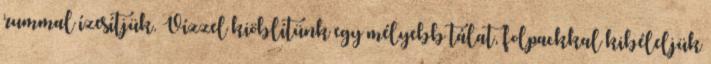
rummal ízesítjük. Vízzel kiöblítünk egy mélyebb tálat, folpackkal kibéleljük